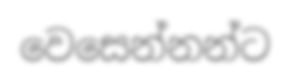
වෙසෙන්නන්ට